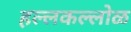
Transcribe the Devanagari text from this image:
हल्लकल्लोळ